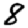
Digit: 8